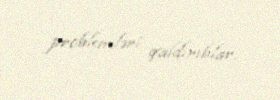
problemləri qaldırıblar.